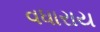
વધારાય